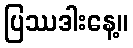
ပြဿဒါးနေ့။